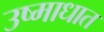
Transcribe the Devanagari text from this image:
उष्माधात